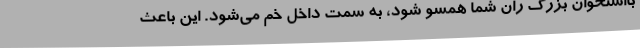
بااستخوان بزرگ ران شما همسو شود، به سمت داخل خم می‌شود. این باعث